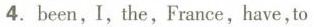
4. been, I, the, France, have, to